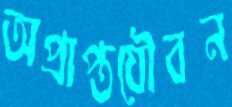
অপ্রাপ্তযৌবন